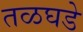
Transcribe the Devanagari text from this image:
तळघडे